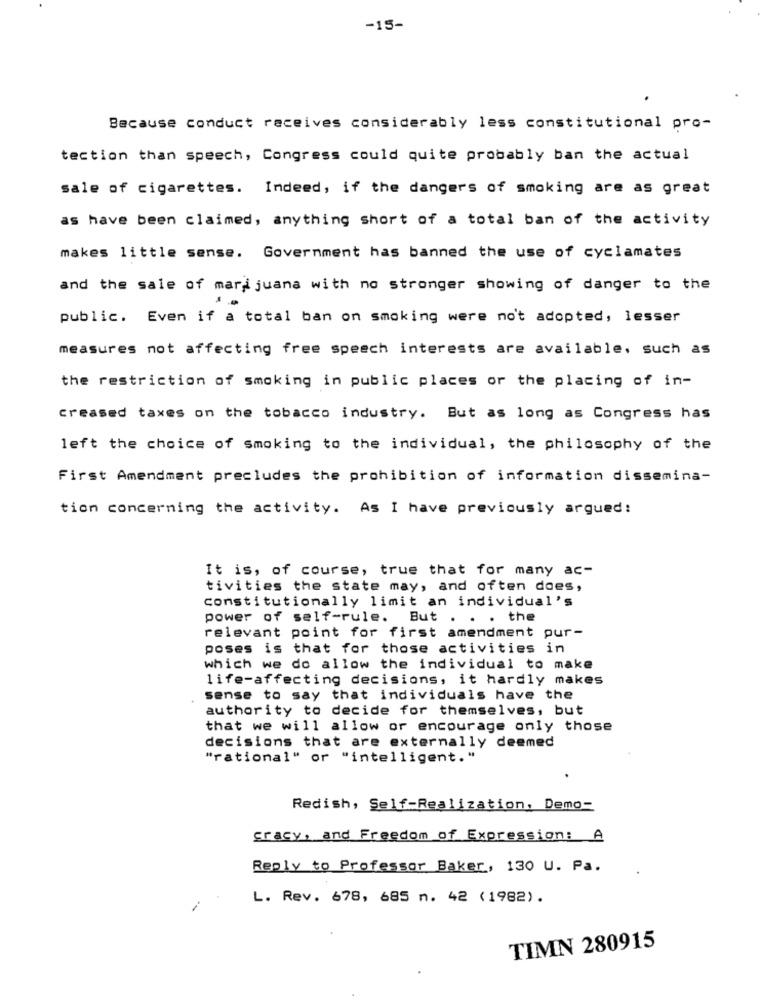
-15-
Because conduct receives considerably less constitutional pro-
tection than speech, Congress could quite probably ban the actual
sale of cigarettes. Indeed, if the dangers of smoking are as great
as have been claimed, anything short of a total ban of the activity
makes little sense. Government has banned the use of cyclamates
and the sale of marijuana with no stronger showing of danger to the
public. Even if a total ban on smoking were no't adopted, lesser
measures not affecting free speech interests are available, such as
the restriction of smoking in public places or the placing of in-
creased taxes on the tobacco industry. But as long as Congress has
left the choice of smoking to the individual, the philosophy of the
First Amendment precludes the prohibition of information dissemina-
tion concerning the activity. As I have previously argued:
It is, of course, true that for many ac-
tivities the state may, and often does,
constitutionally limit an individual's
power of self-rule. But . . . the
relevant point for first amendment pur-
poses is that for those activities in
which we do allow the individual to make
life-affecting decisions, it hardly makes
sense to say that individuals have the
authority to decide for themselves, but
that we will allow or encourage only those
decisions that are externally deemed
"rational" or "intelligent."
Redish, Self-Realization, Demo-
cracy, and Freedom of Expression: A
Reply to Professor Baker, 130 U. Pa.
L. Rev. 678, 685 n. 42 (1982).
TIMN 280915